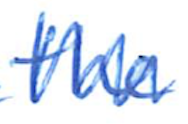
Text: the
Cross-out: mix
Writing tool: ballpoint